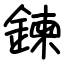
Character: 鍊